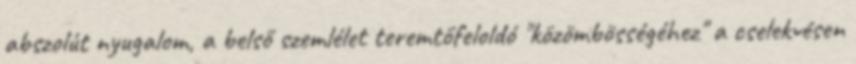
abszolút nyugalom, a belső szemlélet teremtőfeloldó "közömbösségéhez" a cselekvésen